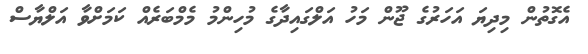
އެގޮތުން މިދިޔަ އަހަރުގެ ޖޫން މަހު އަލްގައިދާގެ މުހިންމު މެމްބަރެއް ކަމަށްވާ އަލްޔާސް